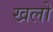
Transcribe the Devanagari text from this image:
खलो